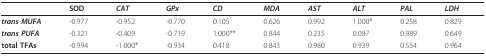
<table><thead><tr><td>[EMPTY_CELL]</td><td><b>SOD</b></td><td><b><i>CAT</i></b></td><td><b><i>GPx</i></b></td><td><b><i>CD</i></b></td><td><b><i>MDA</i></b></td><td><b><i>AST</i></b></td><td><b><i>ALT</i></b></td><td><b><i>PAL</i></b></td><td><b><i>LDH</i></b></td></tr></thead><tbody><tr><td><b><i>trans MUFA</i></b></td><td>-0.977</td><td>-0.952</td><td>-0.770</td><td>0.105</td><td>0.626</td><td>0.992</td><td>1.000*</td><td>0.258</td><td>0.829</td></tr><tr><td><b><i>trans PUFA</i></b></td><td>-0.321</td><td>-0.409</td><td>-0.719</td><td>1.000**</td><td>0.844</td><td>0.235</td><td>0.087</td><td>0.989</td><td>0.649</td></tr><tr><td><b>total TFAs</b></td><td>-0.994</td><td>-1.000*</td><td>-0.934</td><td>0.418</td><td>0.843</td><td>0.980</td><td>0.939</td><td>0.554</td><td>0.964</td></tr></tbody></table>